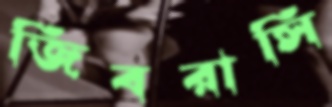
জিবরাসি